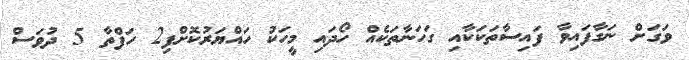
ވަގަށް ނަގާފައިވާ ފައިސާތަކަކާއި ގަހަނާތަކެއް ހޯދައި މީހަކު ހައްޔަރުކޮށްފި2 ހަފްތާ 5 ދުވަސް